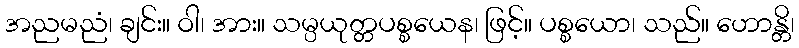
အညမညံ၊ ချင်း။ ဝါ၊ အား။ သမ္ပယုတ္တပစ္စယေန၊ ဖြင့်။ ပစ္စယော၊ သည်။ ဟောန္တိ၊